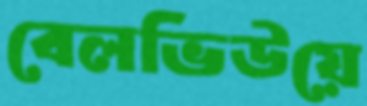
বেলভিউয়ে